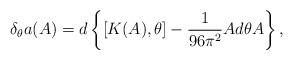
\begin{align*}\delta_\theta a(A)=d\left\{[K(A),\theta]-\frac{1}{96\pi^2}Ad\theta A\right\},\end{align*}